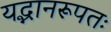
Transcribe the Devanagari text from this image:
यद्भानरूपतः